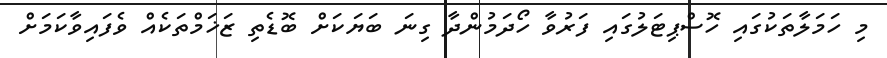
މި ހަމަލާތަކުގައި ހޮސްޕިޓަލުގައި ފަރުވާ ހޯދަމުންދާ ގިނަ ބަޔަކަށް ބޮޑެތި ޒަޚަމްތަކެއް ވެފައިވާކަމަށް